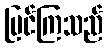
မြင်ကြသည်